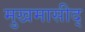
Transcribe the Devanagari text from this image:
मुखमासीद्